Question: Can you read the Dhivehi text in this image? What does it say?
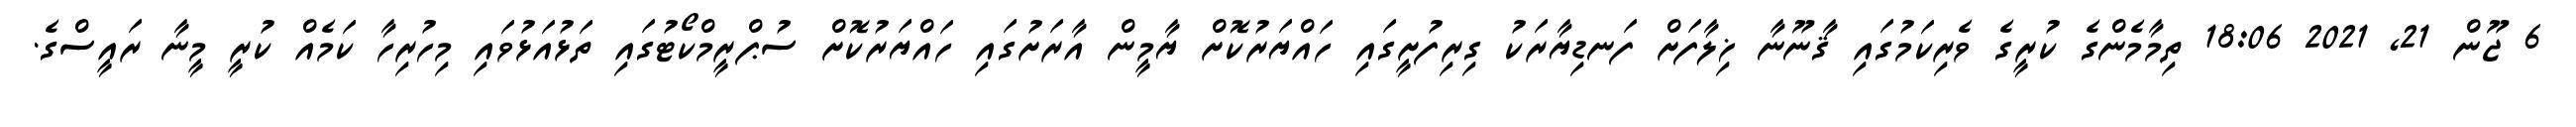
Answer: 6 ޖޫން 21, 2021 18:06 ތިމާމެންގެ ކުރީގެ ވެރިކަމުގައި ޤާނޫނާ ޚިލާފަށް ފަނޑިޔާރަކު ގިރިފުށީގައި ހައްޔަރުކޮށް ޔާމީން އާރަށުގައި ހައްޔަރުކޮށް ސުޕްރީމްކޯޓުގައި ތަޅުއަޅުވައި މިހުރިހާ ކަމެއް ކުރީ މީނާ ރައީސްގެ.